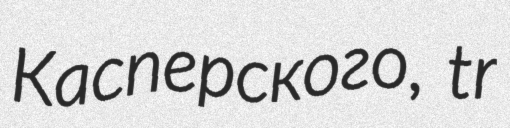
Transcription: Касперского, tr